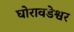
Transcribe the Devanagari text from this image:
घोरावडेश्वर